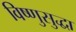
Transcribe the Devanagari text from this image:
विष्णुसुद्धा